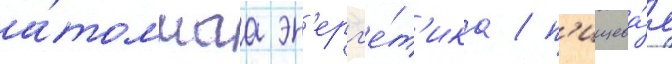
а́томнаа эн'ерг'е́т'ика / п'ищева́я